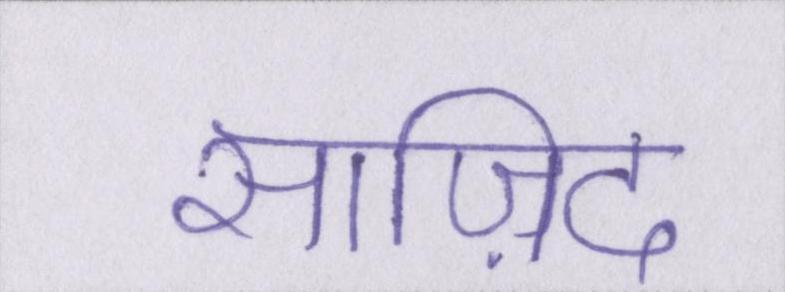
साज़िद